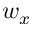
w _ { x }